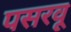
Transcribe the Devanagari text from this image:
पसरवू